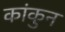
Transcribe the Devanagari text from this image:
कांकुन